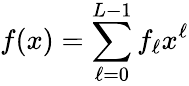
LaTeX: f(x)=\sum_{\ell=0}^{L-1}f_{\ell}x^{\ell}